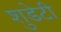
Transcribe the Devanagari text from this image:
शुडेटी